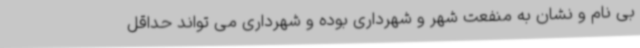
بی نام و نشان به منفعت شهر و شهرداری بوده و شهرداری می تواند حداقل